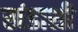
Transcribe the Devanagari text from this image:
खंडाशी